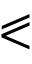
\eqslantless